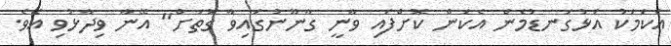
އެކަމަކު އަޅުގަނޑުމެން އެކަން ކޮށްފައި ވާނީ ގާނޫނުގައިވާ ގޮތަށް" އޭނާ ވިދާޅުވި އެވެ.